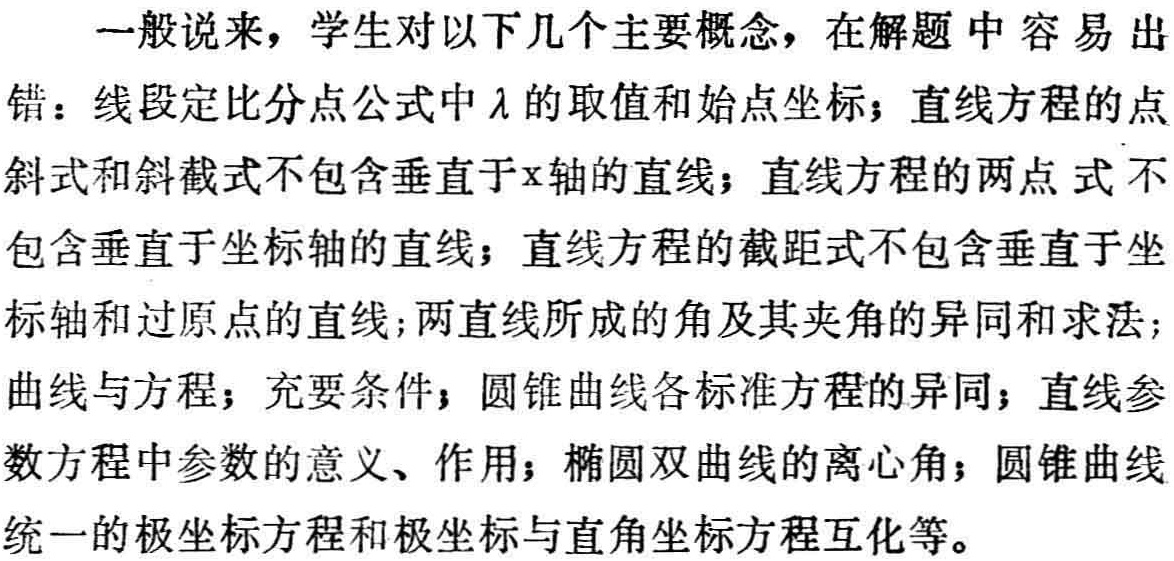
一般说来，学生对以下几个主要概念，在解题中容易出错：线段定比分点公式中$\lambda$的取值和始点坐标；直线方程的点斜式和斜截式不包含垂直于\(x\)轴的直线；直线方程的两点式不包含垂直于坐标轴的直线；直线方程的截距式不包含垂直于坐标轴和过原点的直线；两直线所成的角及其夹角的异同和求法；曲线与方程；充要条件；圆锥曲线各标准方程的异同；直线参数方程中参数的意义、作用；椭圆双曲线的离心角；圆锥曲线统一的极坐标方程和极坐标与直角坐标方程互化等。